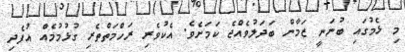
މި ޅެމުގައި ބުނަނީ ޒަމާން ބަދަލުވެއްޖެ ކަމަށެވެ. އެކުވެރި ރަހްމަތްތެރި ގުޅުމުމެއް އުފެދި